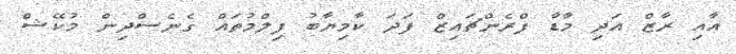
އާއި ރާޒް އަދި މާޑާ ފްރެންޗައިޒް ފަދަ ކާމިޔާބު ފިލްމުތައް ގެނެސްދިން މުކޭޝް